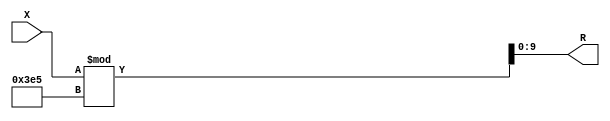
module x_200_mod_997_reg(
    input [200:1] X,
    output [10:1] R
    );


assign R = X % 997;

endmodule